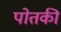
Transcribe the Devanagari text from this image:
पोतकी